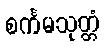
စင်္ကမသုတ္တံ